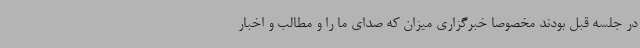
در جلسه قبل بودند مخصوصا خبرگزاری میزان که صدای ما را و مطالب و اخبار